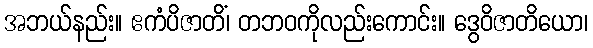
အဘယ်နည်း။ ဧကံပိဇာတိံ၊ တဘဝကိုလည်းကောင်း။ ဒွေဝိဇာတိယော၊